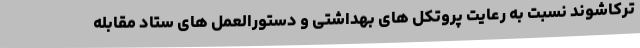
ترکاشوند نسبت به رعایت پروتکل های بهداشتی و دستورالعمل های ستاد مقابله